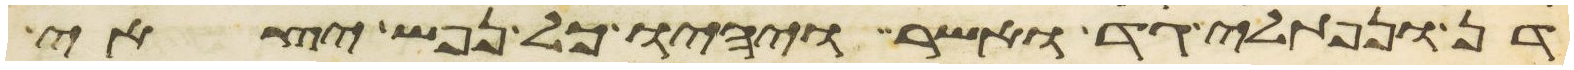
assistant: דן ונפתלי גד ואשר ויהיו כל נפש יצאי